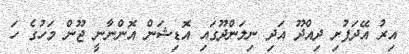
އިރު އޭދަފުށި ދިއްދޫ އަދި ނިލަންދޫގައި އޮޑިޝަން އޮންނާނީ ޖޫން މަހުގެ ހަ